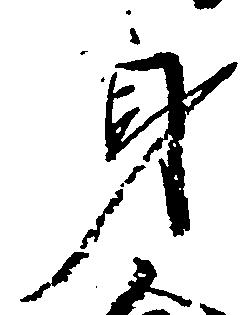
身